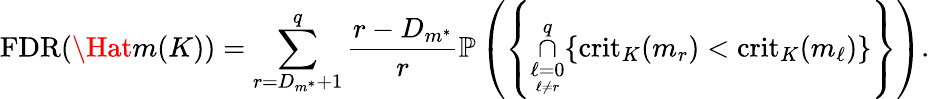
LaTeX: \mathrm{FDR}(\Hat{m}(K))=\underset{r=D_{m^{*}}+1}{\overset{q}{\sum}}\frac{r-D_{m^{*}}}{r}\mathbb{P}\left(\left\{ \underset{\underset{\ell\neq r}{\ell=0}}{\overset{q}{\cap}}\{ \mathrm{crit}_{K}(m_{r})<\mathrm{crit}_{K}(m_{\ell})\} \right\} \right).